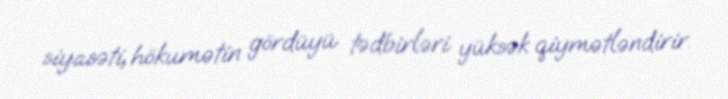
siyasəti, hökumətin gördüyü tədbirləri yüksək qiymətləndirir.